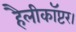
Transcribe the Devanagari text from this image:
हैलीकॉप्टर।